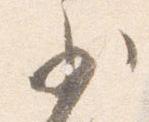
少